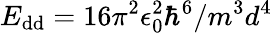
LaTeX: E_{\mathrm{dd}}=16\pi^{2}\epsilon_{0}^{2}\hbar^{6}/m^{3}d^{4}